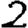
Digit: 2